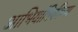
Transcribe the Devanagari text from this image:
आभियांत्रिकीच्या